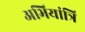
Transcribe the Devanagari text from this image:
अभियांत्रि